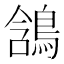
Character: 𪁟